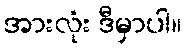
အားလုံး ဒီမှာပါ။